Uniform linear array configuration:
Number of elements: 8
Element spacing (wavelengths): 0.5
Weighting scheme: uniform
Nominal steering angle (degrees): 45
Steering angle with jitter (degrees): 46.508
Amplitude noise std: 0.05
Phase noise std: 0.05

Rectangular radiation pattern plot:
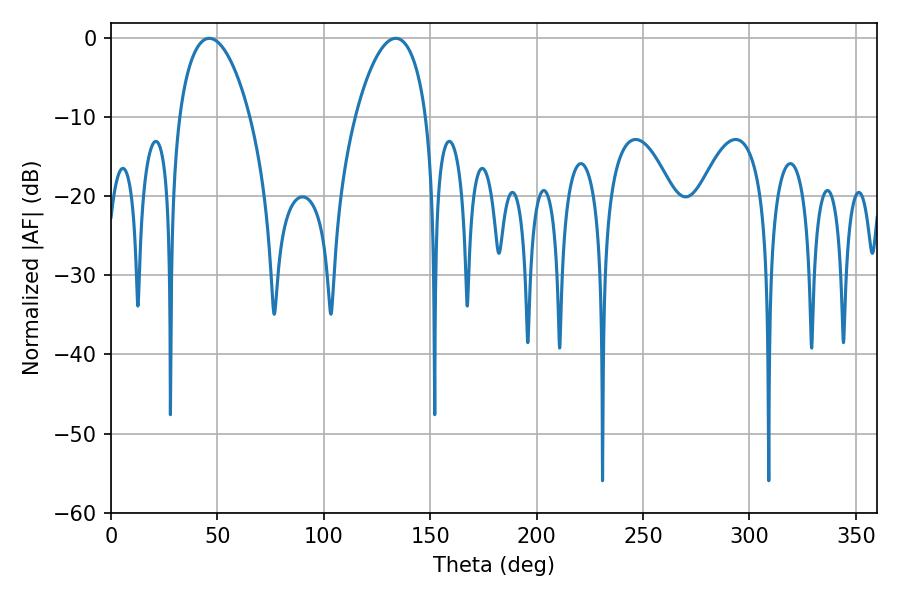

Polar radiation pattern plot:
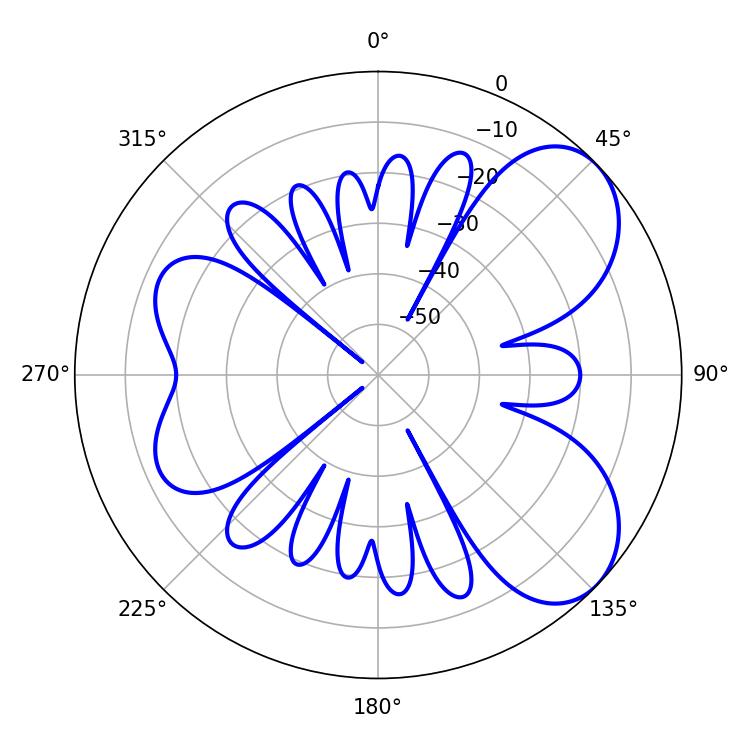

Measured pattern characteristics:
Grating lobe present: FALSE
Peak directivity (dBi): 6.291
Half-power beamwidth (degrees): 18.72
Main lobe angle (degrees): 46.26